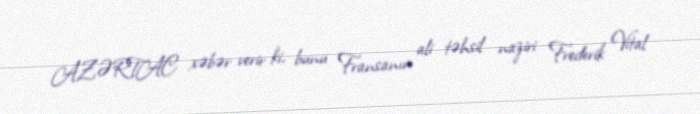
AZƏRTAC xəbər verir ki, bunu Fransanın ali təhsil naziri Frederik Vital